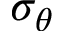
\sigma _ { \theta }